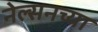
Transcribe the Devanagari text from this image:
नेल्सनच्या